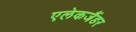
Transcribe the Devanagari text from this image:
एलेकजैंडर